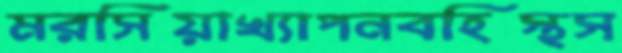
মরসিয়াখ্যাপনবহিস্থস